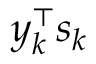
y _ { k } ^ { \top } s _ { k }